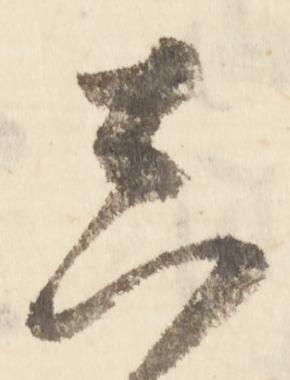
真